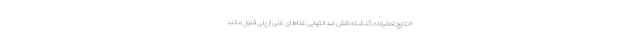
«نتایج تحقیقات گذشته نقش ضد التهابی غذاهای غنی از پلی‌ فنول مانند